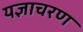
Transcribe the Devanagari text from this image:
यज्ञाचरण